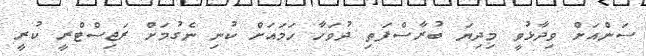
ސަންއަށް ވިދާޅުވީ މިދިޔަ ބުރާސްފަތި ދުވަހާ ހަމައަށް ކުނި ނެގުމަށް ރަޖިސްޓްރީ ކުރީ